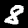
Digit: 8